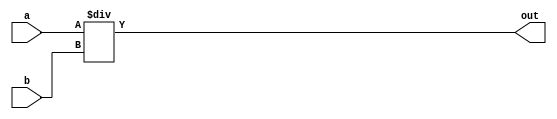
/////////////////////////////////////////////////////////////////////////////////////////////////////////////
// Behavioral 16-bits divider
/////////////////////////////////////////////////////////////////////////////////////////////////////////////

module divider_16(a, b, out);
    
    output  [15:0]  out;

    input   [15:0]  a; 
    input   [15:0]  b;

    assign out = a / b;

endmodule